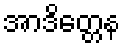
အာဒိတ္တေန